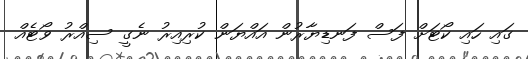
ގައި ހައި ކޯޓަށް ފަސް ފަނޑިޔާރުން އައްޔަން ކުރިއިރު ނެގީ ސިއްރު ވޯޓެއް